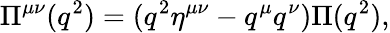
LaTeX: \Pi^{\mu\nu}(q^{2})=(q^{2}\eta^{\mu\nu}-q^{\mu}q^{\nu})\Pi(q^{2}),